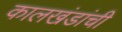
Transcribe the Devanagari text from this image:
कालखंडांची